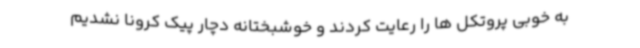
به خوبی پروتکل ها را رعایت کردند و خوشبختانه دچار پیک کرونا نشدیم